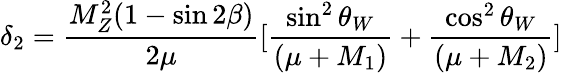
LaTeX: \delta_{2}=\frac{M_{Z}^{2}(1-\sin 2\beta)}{2\mu}\lbrack\frac{\sin^{2}\theta_{W}}{(\mu+M_{1})}+\frac{\cos^{2}\theta_{W}}{(\mu+M_{2})}\rbrack